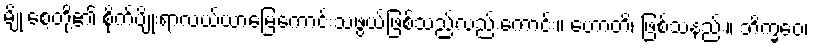
မျိုးစေ့တို့၏ စိုက်ပျိုးရာလယ်ယာမြေကောင်းသဖွယ်ဖြစ်သည်လည်းကောင်း။ ဟောတိ၊ ဖြစ်သနည်း။ ဘိက္ခဝေ၊